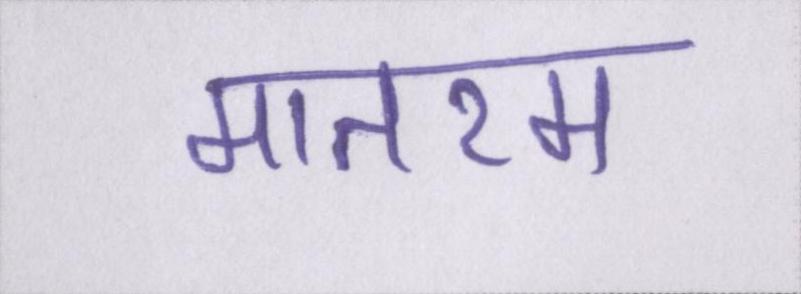
मातरम